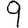
Digit: 9